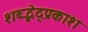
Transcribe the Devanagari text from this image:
शब्द्भेद्प्रकाश